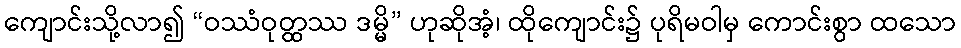
ကျောင်းသို့လာ၍ “ဝဿံဝုတ္ထဿ ဒမ္မိ” ဟုဆိုအံ့၊ ထိုကျောင်း၌ ပုရိမဝါမှ ကောင်းစွာ ထသော